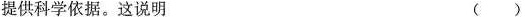
提供科学依据。这说明 ( )